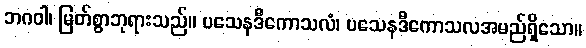
ဘဂဝါ၊ မြတ်စွာဘုရားသည်။ ပသေနဒီကောသလံ၊ ပသေနဒီကောသလအမည်ရှိသော။